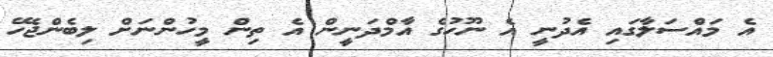
އެ މައްސަލާގައި އެދުނީ އެ ނޫހުގެ އާމްދަނީން އެ ތިން މީހުންނަށް ލިބެންޖެހޭ